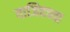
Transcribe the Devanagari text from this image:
वाजिदच्या